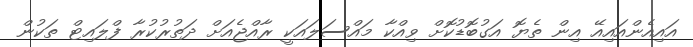
އައިއެންއައިއޭ އިން ތެޔޮ އަގުބޮޑުކޮށް ވިއްކާ މައްސަލައަކީ ރާއްޖެއަށް ދަތުރުކުރާ ފްލައިޓް ތަކުން